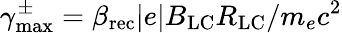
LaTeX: \gamma_{\mathrm{max}}^{\pm}=\beta_{\mathrm{rec}}|e|B_{\mathrm{LC}}R_{\mathrm{LC}}/m_{e}c^{2}